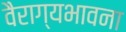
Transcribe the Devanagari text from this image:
वैराग्यभावना